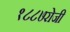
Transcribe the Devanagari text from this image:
१८८७रोजी